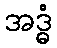
အဒ္ဓံ